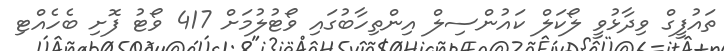
ތައުފީގް ވިދާޅުވީ ލޯކަލް ކައުންސިލް އިންތިހާބުގައި ވޯޓުލުމަށް 417 ވޯޓު ފޮށި ބެހެއްޓި